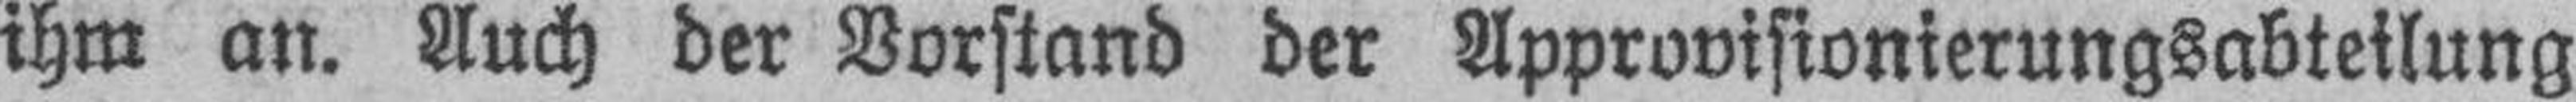
ihm an. Auch der Vorstand der Approvisionierungsabteilung